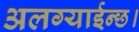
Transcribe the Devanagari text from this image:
अलग्याईन्छ।